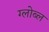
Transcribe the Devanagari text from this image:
ग्लोब्ल